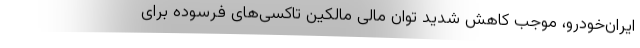
ایران‌خودرو، موجب کاهش شدید توان مالی مالکین تاکسی‌های فرسوده برای